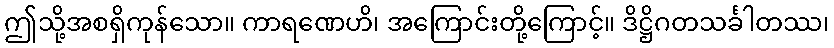
ဤသို့အစရှိကုန်သော။ ကာရဏေဟိ၊ အကြောင်းတို့ကြောင့်။ ဒိဋ္ဌိဂတသင်္ခါတဿ၊